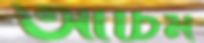
আচিম